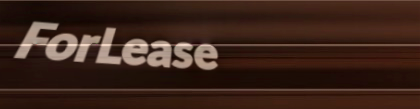
ForLease